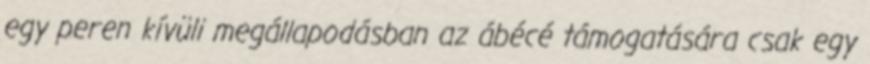
egy peren kívüli megállapodásban az ábécé támogatására csak egy